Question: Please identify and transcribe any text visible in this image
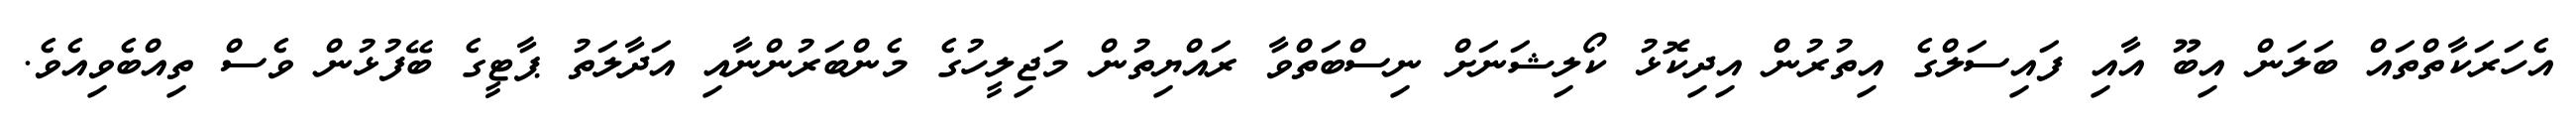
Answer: އެހަރަކާތްތައް ބަލަން އިބޫ އާއި ފައިސަލްގެ އިތުރުން އިދިކޮޅު ކޯލިޝަނަށް ނިސްބަތްވާ ރައްޔިތުން މަޖިލީހުގެ މެންބަރުންނާއި އަދާލަތު ޕާޓީގެ ބޭފުޅުން ވެސް ތިއްބެވިއެވެ.